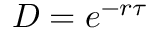
D = e ^ { - r \tau }